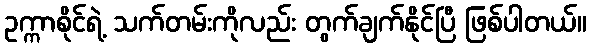
ဥက္ကာစိုင်ရဲ့ သက်တမ်းကိုလည်း တွက်ချက်နိုင်ပြီ ဖြစ်ပါတယ်။